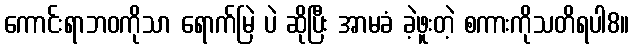
ကောင်းရာဘဝကိုသာ ရောက်မြဲ ပဲ ဆိုပြီး အာမခံ ခဲ့ဖူးတဲ့ စကားကိုသတိရပါ8။